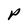
Character: P